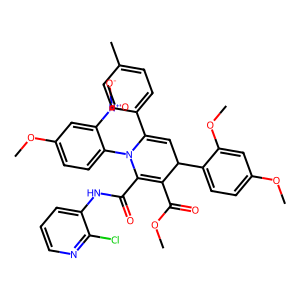
SMILES: COC(=O)C1=C(C(=O)Nc2cccnc2Cl)N(c2ccc(OC)cc2[N+](=O)[O-])C(c2ccc(C)cc2)=CC1c1ccc(OC)cc1OC
Inhibits HIV replication: No